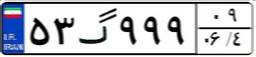
۸۴گ۰۱۳۷۶